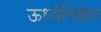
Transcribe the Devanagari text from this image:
ऊर्ध्वनिक्षेप